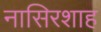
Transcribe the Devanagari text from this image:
नासिरशाह